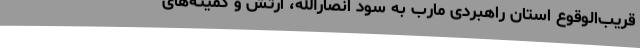
قریب‌الوقوع استان راهبردی مارب به سود انصارالله، ارتش و کمیته‌های